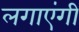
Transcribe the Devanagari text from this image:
लगाएंगी